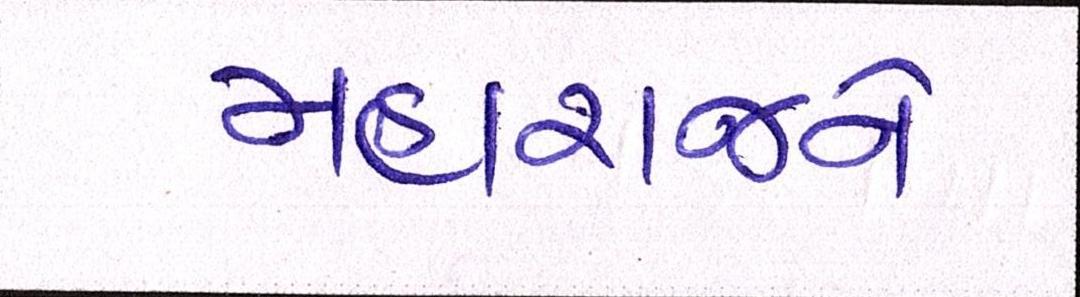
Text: મહારાજને